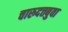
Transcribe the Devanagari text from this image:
चारुदत्तबुवा